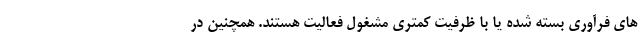
های فرآوری بسته شده یا با ظرفیت کمتری مشغول فعالیت هستند. همچنین در